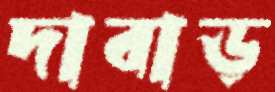
দাবাড়